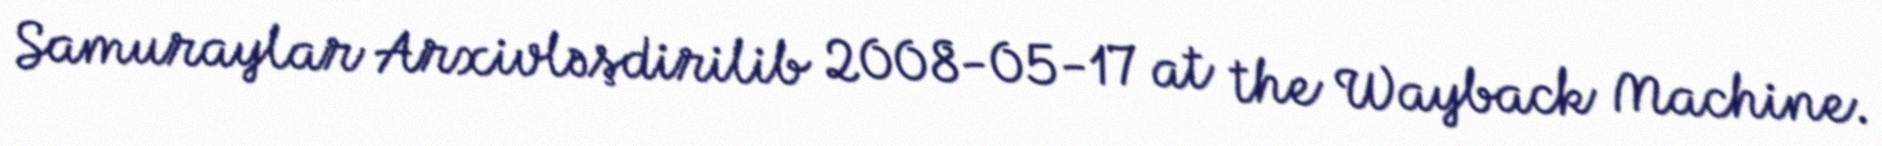
Samuraylar Arxivləşdirilib 2008-05-17 at the Wayback Machine.